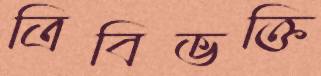
ত্রিবিভক্তি